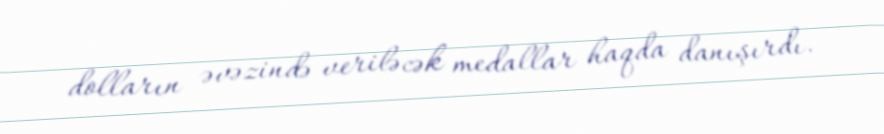
dolların əvəzində veriləcək medallar haqda danışırdı.